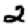
Digit: 2